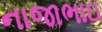
નાજાભાઇ